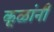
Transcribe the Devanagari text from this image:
कूळांनी